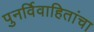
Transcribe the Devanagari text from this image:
पुनर्विवाहितांचा